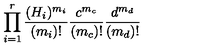
\prod _ { i = 1 } ^ { r } \frac { ( H _ { i } ) ^ { m _ { i } } } { ( m _ { i } ) ! } \frac { c ^ { m _ { c } } } { ( m _ { c } ) ! } \frac { d ^ { m _ { d } } } { ( m _ { d } ) ! }